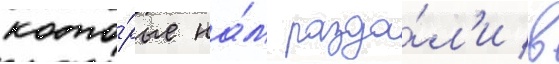
кото́рые на́м разда́л'и в